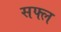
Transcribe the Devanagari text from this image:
सफ्ल